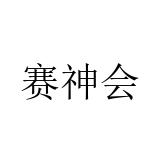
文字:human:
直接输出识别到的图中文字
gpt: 赛神会